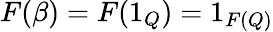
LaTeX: F(\beta)=F(1_{Q})=1_{F(Q)}